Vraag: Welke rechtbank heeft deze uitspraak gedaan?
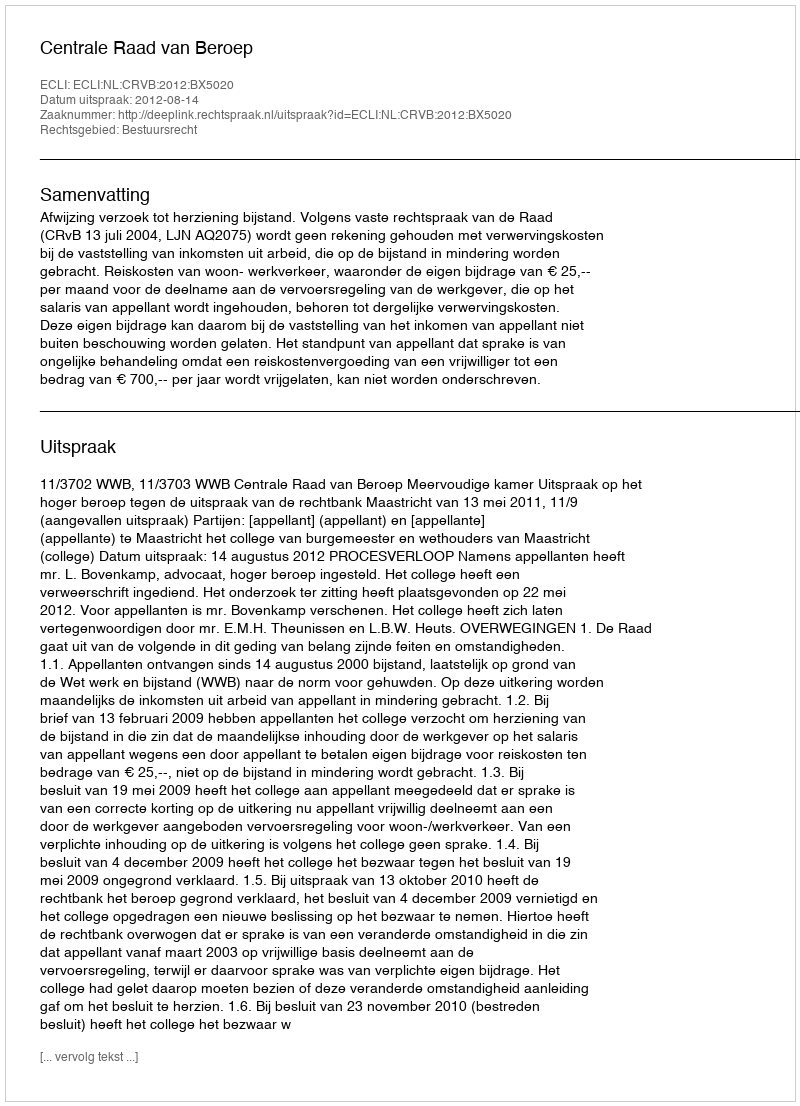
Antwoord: Centrale Raad van Beroep